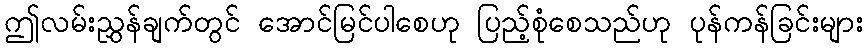
ဤလမ်းညွှန်ချက်တွင် အောင်မြင်ပါစေဟု ပြည့်စုံစေသည်ဟု ပုန်ကန်ခြင်းများ